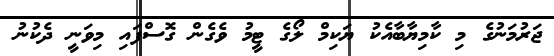
ޖަރުމަނުގެ މި ކާމިޔާބާއެކު ޔަކިމް ލޯގެ ޓީމު ވެގެން ގޮސްފައި މިވަނީ ދެކުނު